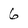
Character: 6